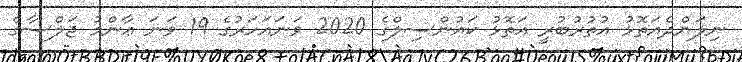
ނިލަންދެއަތޮޅު އުތުރުބުރީ އަތޮޅު ކައުންސިލްގެ 2020 ވަނައަހަރުގެ 19 ވަނަ ޢާންމު ޖަލްސާގެ